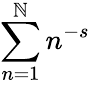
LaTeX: \sum_{n=1}^{\mathbb{N}}n^{-s}